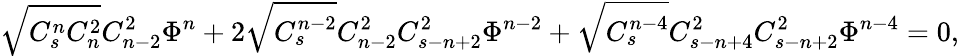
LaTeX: \sqrt{C_{s}^{n}C_{n}^{2}}C_{n-2}^{2}\Phi^{n}+2\sqrt{C_{s}^{n-2}}C_{n-2}^{2}C_{s-n+2}^{2}\Phi^{n-2}+\sqrt{C_{s}^{n-4}}C_{s-n+4}^{2}C_{s-n+2}^{2}\Phi^{n-4}=0,